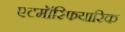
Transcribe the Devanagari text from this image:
एटमॉस्फियारिक